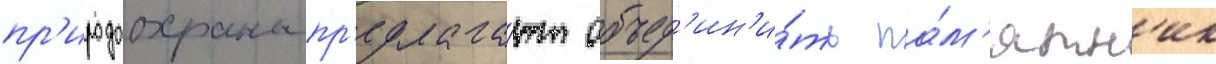
пр'иродоохраны пр'едлага́ют объед'ин'и́ть па́м'ятн'ик